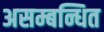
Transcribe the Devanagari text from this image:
असम्बन्धित